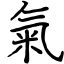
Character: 氣